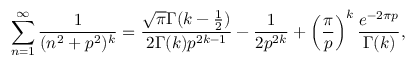
\sum _ { n = 1 } ^ { \infty } \frac { 1 } { ( n ^ { 2 } + p ^ { 2 } ) ^ { k } } = \frac { \sqrt { \pi } \Gamma ( k - \frac { 1 } { 2 } ) } { 2 \Gamma ( k ) p ^ { 2 k - 1 } } - \frac { 1 } { 2 p ^ { 2 k } } + \left( \frac { \pi } { p } \right) ^ { k } \frac { e ^ { - 2 \pi p } } { \Gamma ( k ) } ,